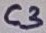
Text: C3